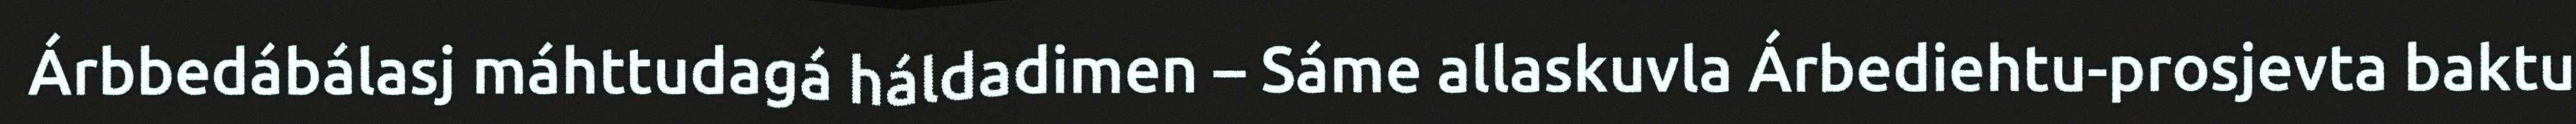
Árbbedábálasj máhttudagá háldadimen – Sáme allaskuvla Árbediehtu-prosjevta baktu